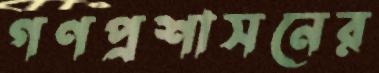
গণপ্রশাসনের